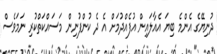
ދުނިޔޭގެ އެންމެ ބިޔަ އެއާލައިން އުފެއްދުމަށް އެ ދެ ކުންފުނިން މަސައްކަތްކުރި ނަމަވެސް